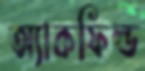
অ্যাকফিল্ড